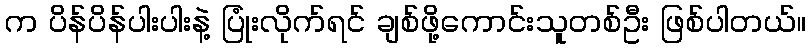
က ပိန်ပိန်ပါးပါးနဲ့ ပြုံးလိုက်ရင် ချစ်ဖို့ကောင်းသူတစ်ဦး ဖြစ်ပါတယ်။